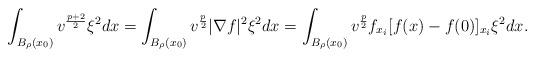
LaTeX: \begin{align*}\int_{B_\rho(x_0)} v^{\frac{p+2}{2}} \xi^2 dx = \int_{B_\rho(x_0)} v^{\frac{p}{2}}|\nabla f|^2 \xi^2 dx = \int_{B_\rho(x_0)} v^{\frac{p}{2}}f_{x_i} [f(x) - f(0)]_{x_i} \xi^2 dx.\end{align*}